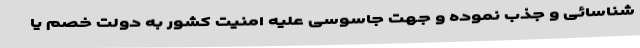
شناسائی و جذب نموده و جهت جاسوسی علیه ‌امنیت کشور به دولت خصم یا